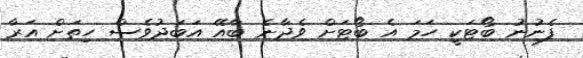
ފެނުނު ބޯޓަކީ ހަމަ އެ ބޯޓަށް ވެދާނެ ބާއޭ އަބަދުވެސް ހިތަށް އަރާ